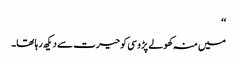
‘‘
میں منہ کھولے پڑوسی کو حیرت سے دیکھ رہا تھا۔